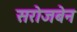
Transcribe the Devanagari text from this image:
सरोजबेन